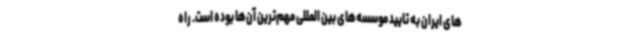
های ایران به تایید موسسه‌های بین المللی مهم‌ترین آن‌ها بوده است. راه